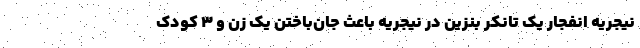
نیجریه انفجار یک تانکر بنزین در نیجریه باعث جان‌باختن یک زن و ۳ کودک